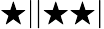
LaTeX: \bigstar||\bigstar\bigstar|